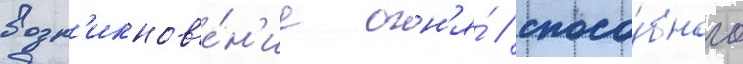
возн'икнов'е́н'ие огн'я́ / спосо́бного